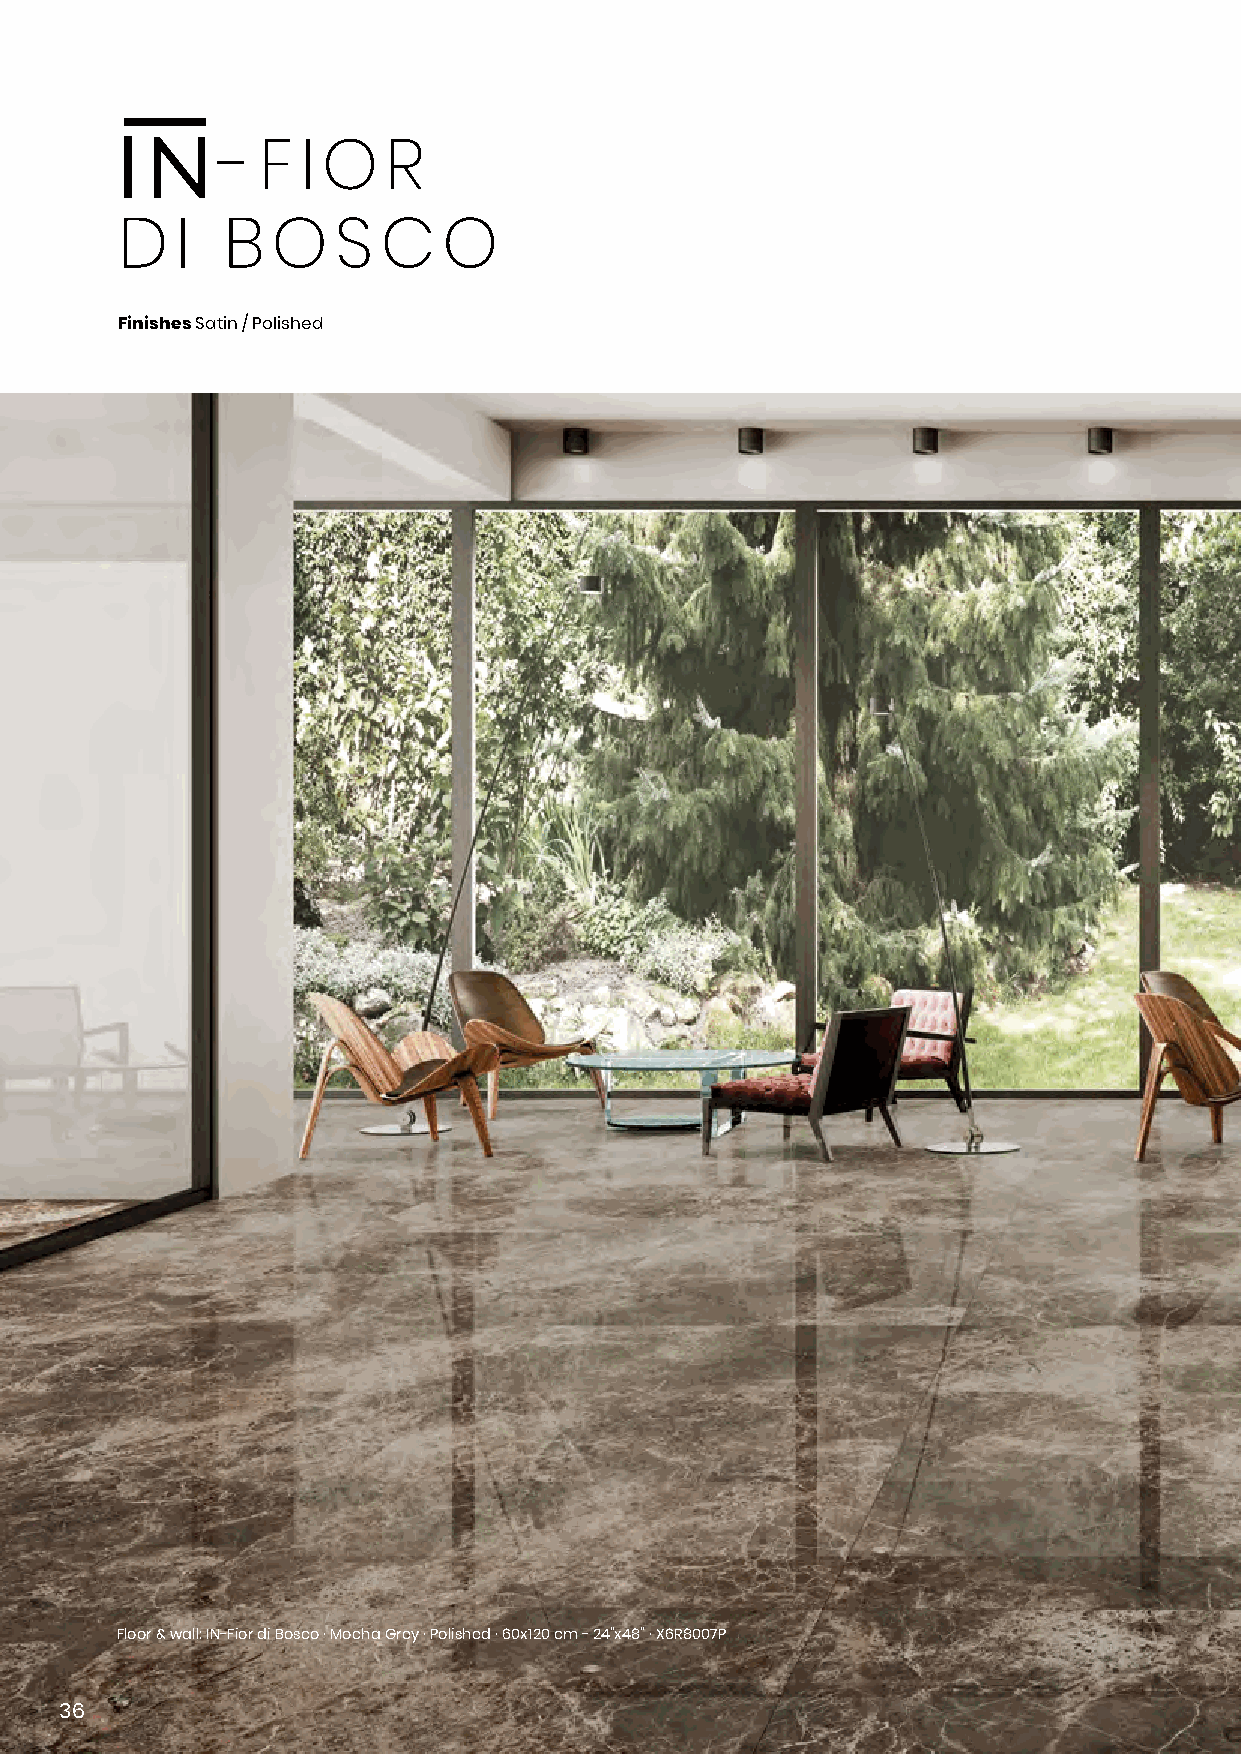
- F  I O  R
 D   I  B  O   S  C   O
 Finishes Satin / Polished
 Floor & wall: IN-Fior di Bosco · Mocha Grey · Polished · 60x120 cm - 24”x48” · X6R8007P
 36